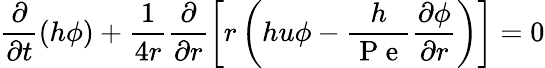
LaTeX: \frac{\partial}{\partial t}\left(h\phi\right)+\frac{1}{4r}\frac{\partial}{\partial r}\left[r\left(hu\phi-\frac{h}{\mathrm{~P~e~}}\frac{\partial\phi}{\partial r}\right)\right]=0